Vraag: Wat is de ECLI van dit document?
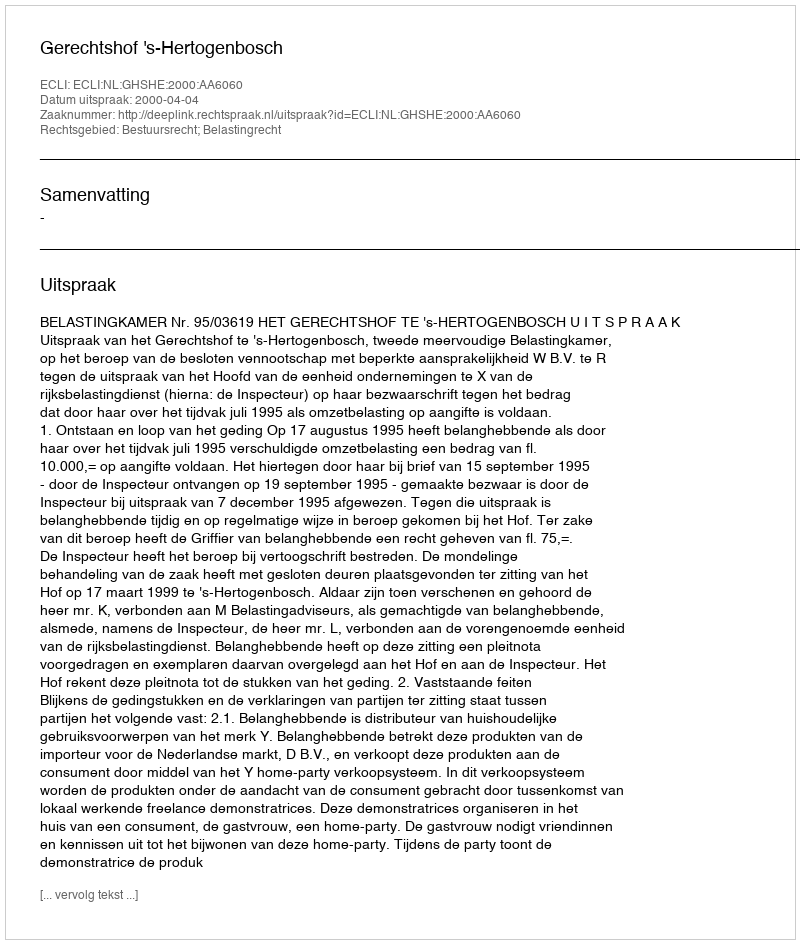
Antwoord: ECLI:NL:GHSHE:2000:AA6060